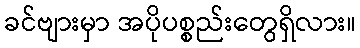
ခင်ဗျားမှာ အပိုပစ္စည်းတွေရှိလား။